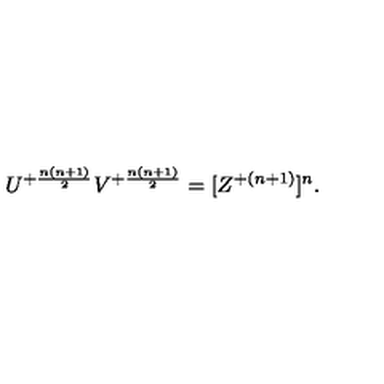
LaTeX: U ^ { + { \frac { n ( n + 1 ) } { 2 } } } V ^ { + { \frac { n ( n + 1 ) } { 2 } } } = [ Z ^ { + { ( n + 1 ) } } ] ^ { n } .